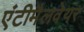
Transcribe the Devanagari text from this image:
एंटीमैलवेयर